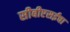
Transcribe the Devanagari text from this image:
सीबीएसईचा